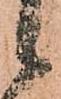
候